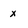
Character: x